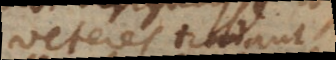
veteres tradant,